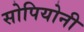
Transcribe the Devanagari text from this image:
सोपियोनी